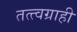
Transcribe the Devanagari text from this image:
तत्त्वग्राही